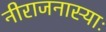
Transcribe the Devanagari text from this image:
नीराजनास्याः